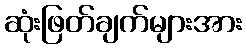
ဆုံးဖြတ်ချက်များအား